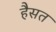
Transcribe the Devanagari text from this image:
हैसत